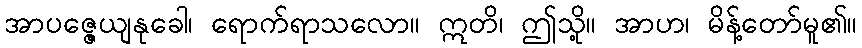
အာပဇ္ဇေယျနုခေါ၊ ရောက်ရာသလော။ ဣတိ၊ ဤသို့။ အာဟ၊ မိန့်တော်မူ၏။